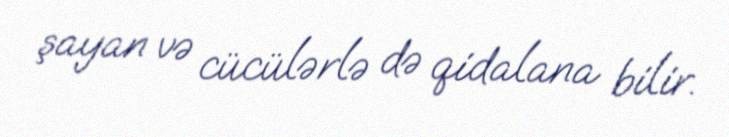
şayan və cücülərlə də qidalana bilir.